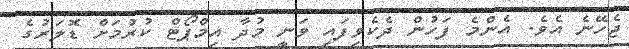
ޖެހޭނެ އެވެ. އެންމެ ފަހުން ދެކެވިފައި ވަނީ މުދާ އިމްޕޯޓް ކުރުމަށް ޑޮލަރުގެ